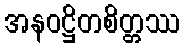
အနဝဋ္ဌိတစိတ္တဿ